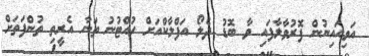
އަވިއައިނުން ފޮރުވާލާފައި ވާ ބޮޑު ދެލޯ އަފްލާކްއަށް ހުއްޓުނު ތަނާ އެރީތި ތުންފަތަށް